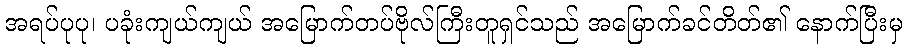
အရပ်ပုပု၊ ပခုံးကျယ်ကျယ် အမြောက်တပ်ဗိုလ်ကြီးတူရှင်သည် အမြောက်ခင်တိတ်၏ နောက်ပြီးမှ